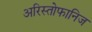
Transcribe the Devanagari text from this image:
अरिस्तोफानिज